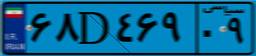
۱۶D۱۴۰۱۱